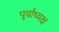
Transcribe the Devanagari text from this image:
पूर्वाध्यक्ष